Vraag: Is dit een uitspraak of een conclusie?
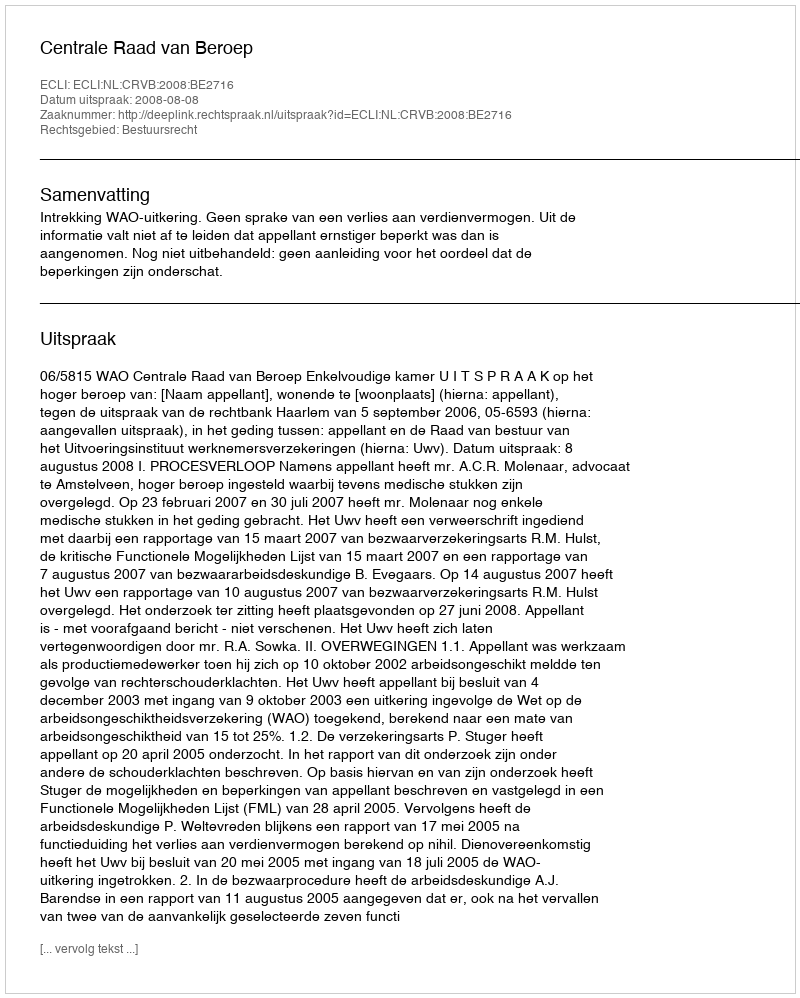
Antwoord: Uitspraak